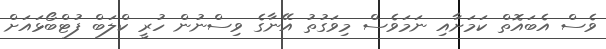
ވެސް އެބައޮތް ކަމަށާއި ނަމަވެސް މިވަގުތު އޭނާގެ ވިސްނުން ހުރީ ކްލަބް ފުޓްބޯޅައަށް